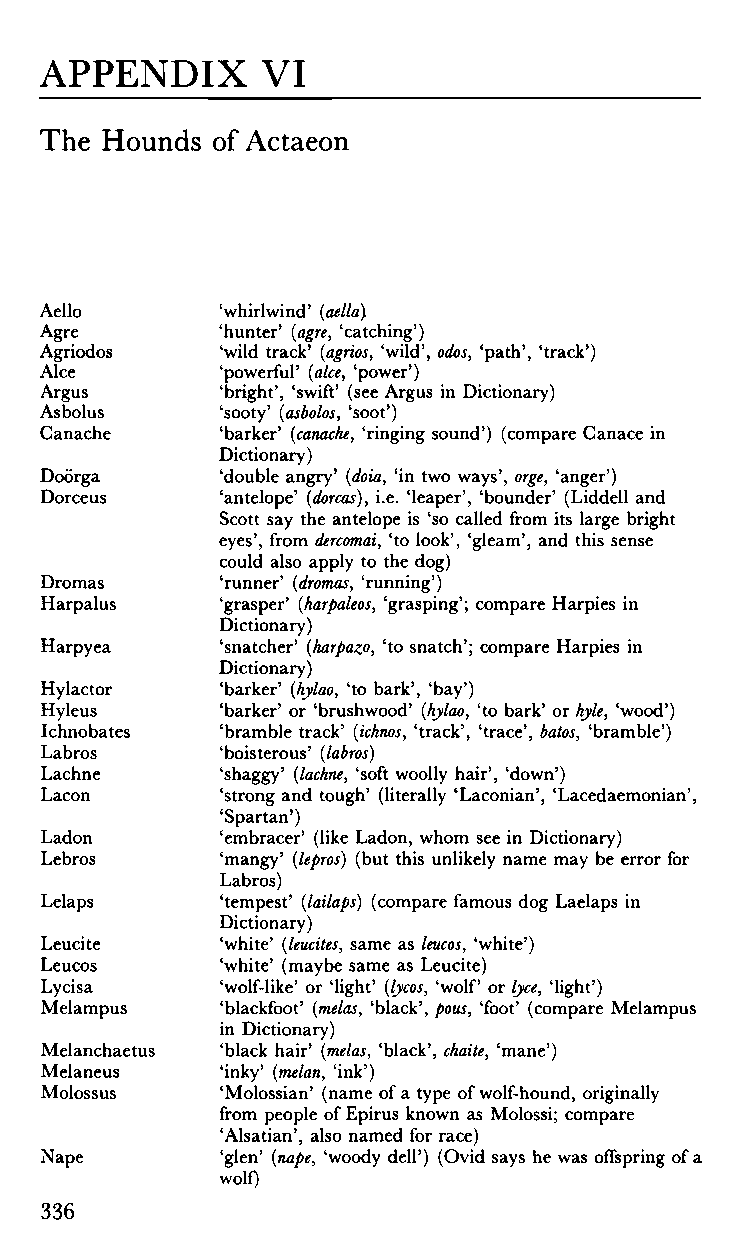
APPENDIX      VI
 The Hounds of Actaeon
 Aello       'whirlwind' (aella)
 Agre        'hunter' (agre, 'catching')
 Agriodos    'wild track' (agrios, 'wild', odos, 'path', 'track')
 Alee        'powerful' (alee, 'power')
 Argus       'bright', 'swift' (see Argus in Dictionary)
 As bolus    'sooty' (asbolos, 'soot')
 Canache     'barker' (canache, 'ringing sound') (compare Canace in
 Dictionary)
 Doörga      'double angry' (doia, 'in two ways', orge, 'anger')
 Dorceus     'antelope' (dorcas), i.e. 'leaper', 'bounder' (Liddell and
 Scott say the antelope is 'so called from its large bright
 eyes', from dercomai, 'to look', 'gleam', and this sense
 could also apply to the dog)
 Dromas      'runner' (dromas, 'running')
 Harpalus    'grasper' (harpaleos, 'grasping'; compare Harpies in
 Dictionary)
 Harpyea     'snatcher' (harpazo, 'to snatch'; compare Harpies in
 Dictionary)
 Hylactor    'barker' (hylao, 'to bark', 'bay')
 Hyleus      'barker' or 'brushwood' (hylao, 'to bark' or hyle, 'wood')
 Ichnobates  'bramble track' (ichnos, 'track', 'trace', batos, 'bramble')
 Labros      'boisterous' (labros)
 Lachne      'shaggy' (lachne, 'soft woolly hair', 'down')
 Lacon       'strong and tough' (literally 'Laconian', 'Lacedaemonian',
 'Spartan')
 Ladon       'embracer' (like Ladon, whom see in Dictionary)
 Lebros      'mangy' (lepros) (but this unlikely name may be error for
 Labros)
 Lelaps      'tempest' (lailaps) (compare famous dog Laelaps in
 Dictionary)
 Leucite     'white' (leucites, same as leucos, 'white')
 Leucos      'white' (maybe same as Leucite)
 Lycisa      'wolf-like' or 'light' (lycos, 'wolf or lyce, 'light')
 Melampus    'blackfoot' (melas, 'black', pous, 'foot' (compare Melampus
 in Dictionary)
 Melanchaetus 'black hair' (melas, 'black', chatte, 'mane')
 Melaneus    'inky' (melan, 'ink')
 Molossus    'Molossian' (name of a type of wolf-hound, originally
 from people of Epirus known as Molossi; compare
 'Alsatian', also named for race)
 Nape        'glen' (nape, 'woody dell') (Ovid says he was offspring of a
 336         wolf)